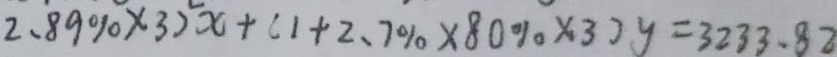
2 . 8 9 \% \times 3 ) ^ { 2 } x + ( 1 + 2 . 7 \% \times 8 0 \% \times 3 ) y = 3 2 3 3 . 8 2